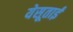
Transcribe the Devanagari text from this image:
येसूताई